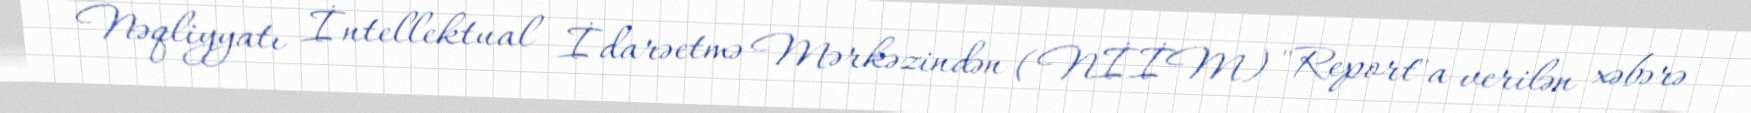
Nəqliyyatı İntellektual İdarəetmə Mərkəzindən (NİİM) "Report"a verilən xəbərə